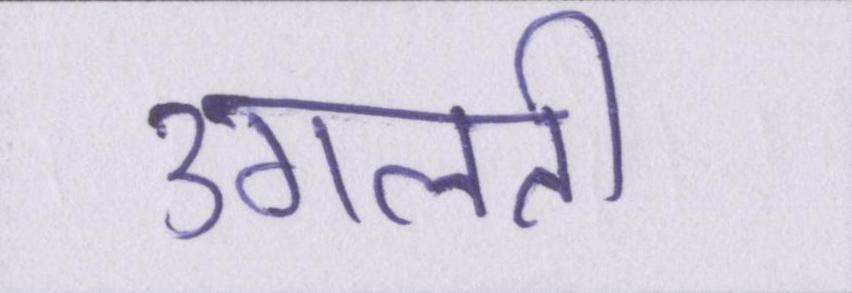
उगलती